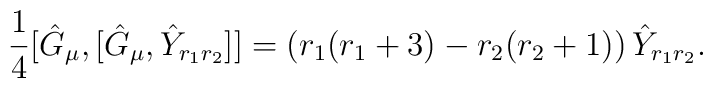
\frac{1}{4}[\hat{G}_{\mu},[\hat{G}_{\mu},\hat{Y}_{r_{1}r_{2}}]]=\left(r_{1}(r_{1}+3)-r_{2}(r_{2}+1)\right)\hat{Y}_{r_{1}r_{2}}.